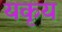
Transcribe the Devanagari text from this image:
यकृय